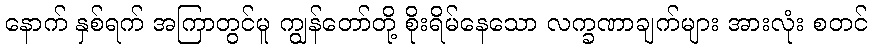
နောက် နှစ်ရက် အကြာတွင်မူ ကျွန်တော်တို့ စိုးရိမ်နေသော လက္ခဏာချက်များ အားလုံး စတင်